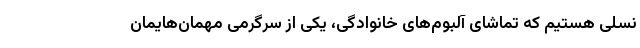
نسلی هستیم که تماشای آلبوم‌های خانوادگی، یکی از سرگرمی مهمان‌هایمان